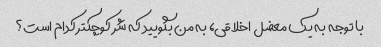
با توجه به یک معضل اخلاقی، به من بگویید که شر کوچکتر کدام است؟